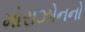
મોરાઝોનનો